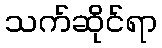
သက်ဆိုင်ရာ